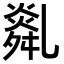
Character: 𦧿